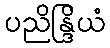
ပညိန္ဒြိယံ